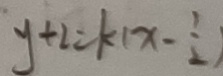
y + 2 = k ( x - \frac { 1 } { 2 } )